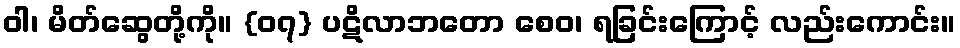
ဝါ၊ မိတ်ဆွေတို့ကို။ {၀၇} ပဋိလာဘတော စေဝ၊ ရခြင်းကြောင့် လည်းကောင်း။